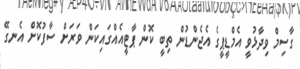
ގާސިމް ވިދާޅުވީ އެމްޑީޕީގެ އެޖެންޑުން ތިބީ ކޮން ޕާޓީއެއްގައިކަން ވަރަށް ސާފުކޮށް އެނގޭ